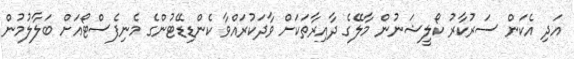
އަދި އެކަން ސަރުކާރު ކޯލީޝަނުން މާލޭގެ ދާއިރާތަކަށް ވާދަކުރައްވާ ކެންޑިޑޭޓުންގެ މެނިފެސްޓޯއަށް ބަލާލުމުން